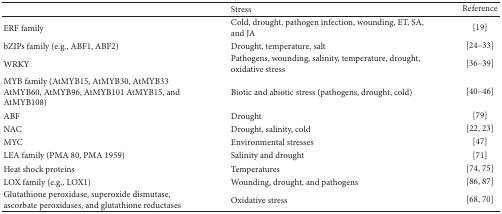
<table><thead><tr><td><b> </b></td><td><b>Stress</b></td><td><b>Reference</b></td></tr></thead><tbody><tr><td>ERF family</td><td>Cold, drought, pathogen infection, wounding, ET, SA, and JA</td><td>[19]</td></tr><tr><td>bZIPs family (e.g., ABF1, ABF2)</td><td>Drought, temperature, salt</td><td>[24–33]</td></tr><tr><td>WRKY</td><td>Pathogens, wounding, salinity, temperature, drought, oxidative stress</td><td>[36–39]</td></tr><tr><td>MYB family (AtMYB15, AtMYB30, AtMYB33 AtMYB60, AtMYB96, AtMYB101 AtMYB15, and AtMYB108)</td><td>Biotic and abiotic stress (pathogens, drought, cold)</td><td>[40–46] </td></tr><tr><td>ABF</td><td>Drought</td><td>[79]</td></tr><tr><td>NAC</td><td>Drought, salinity, cold</td><td>[22, 23]</td></tr><tr><td>MYC</td><td>Environmental stresses</td><td>[47]</td></tr><tr><td>LEA family (PMA 80, PMA 1959)</td><td>Salinity and drought</td><td>[71]</td></tr><tr><td>Heat shock proteins</td><td>Temperatures</td><td>[74, 75]</td></tr><tr><td>LOX family (e.g., LOX1)</td><td>Wounding, drought, and pathogens</td><td>[86, 87]</td></tr><tr><td>Glutathione peroxidase, superoxide dismutase, ascorbate peroxidases, and glutathione reductases</td><td>Oxidative stress</td><td>[68, 70]</td></tr></tbody></table>